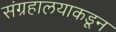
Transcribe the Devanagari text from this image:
संग्रहालयाकडून